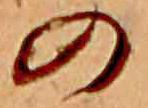
の